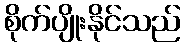
စိုက်ပျိုးနိုင်သည်